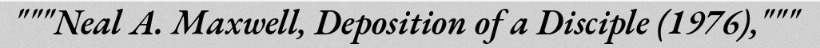
"""Neal A. Maxwell, Deposition of a Disciple (1976),"""